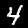
Digit: 4